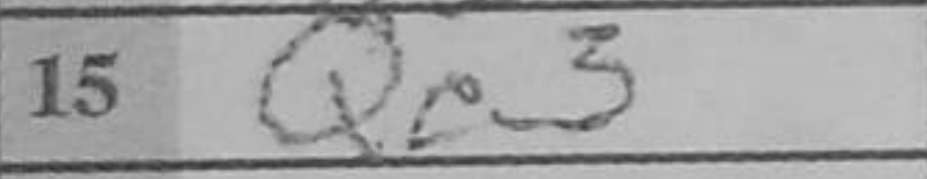
Transcription: Qe3